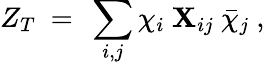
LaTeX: Z_{T}\ =\ \sum_{i,j}\chi_{i}\ \mathbf{X}_{ij}\ \bar{{\chi}}_{j}\ ,